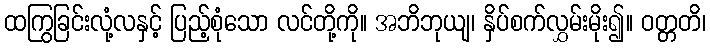
ထကြွခြင်းလုံ့လနှင့် ပြည့်စုံသော လင်တို့ကို။ အဘိဘုယျ၊ နှိပ်စက်လွှမ်းမိုး၍။ ဝတ္တတိ၊